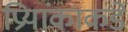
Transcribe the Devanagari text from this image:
प्रियांकाकडे